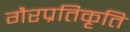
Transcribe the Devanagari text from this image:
गैरप्रतिकृति